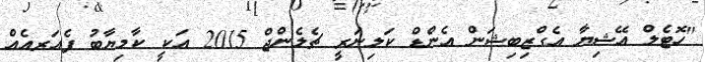
"ހޮޓެލް އޭޝިޔާ އެގްޒިބިޝަން އެންޑް ކަލިނަރީ ޗެލެންޖް 2015 އަކީ ކާމިޔާބު ފެއަރއެއް